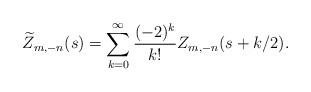
LaTeX: \begin{align*}\widetilde{Z}_{m,-n}(s) = \sum_{k=0}^\infty \frac{(-2)^k}{k!} Z_{m,-n} (s + k/2) .\end{align*}